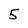
Character: 5